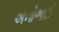
અનોભાઈ